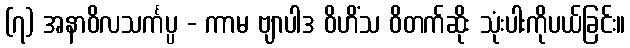
(၇) အနာဝိလသင်္ကပ္ပ - ကာမ ဗျာပါဒ ဝိဟိံသ ဝိတက်ဆိုး သုံးပါးကိုပယ်ခြင်း။